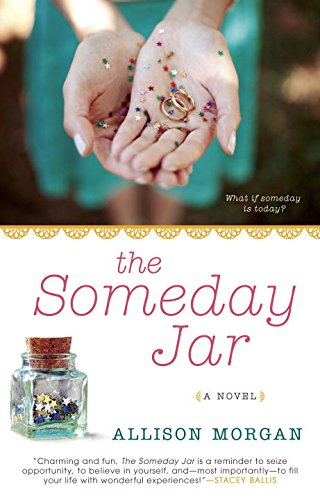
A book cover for The Someday Jar; Allison Morgan; Romance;